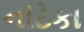
નટિકા